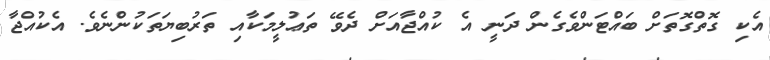
އެކި ގޮތްގޮތަށް ބައްޓަންވެގެން ދަނީ އެ ކުއްޖާއަށް ދެވޭ ތަޢުލީމަކާއި ތަރުބިޔަތަކުންނެވެ. އެކުއްޖާ